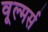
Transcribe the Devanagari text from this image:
वूल्मर्स